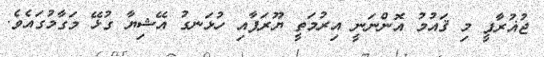
ޖުޣުރާފީ މި ޤައުމު އޮންނަނީ އިރުމަތީ ޔޫރަޕާއި ހުޅަނގު އޭޝިޔާ ގުޅޭ މަގާމުގައެވެ.